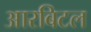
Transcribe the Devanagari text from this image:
आरबिटल